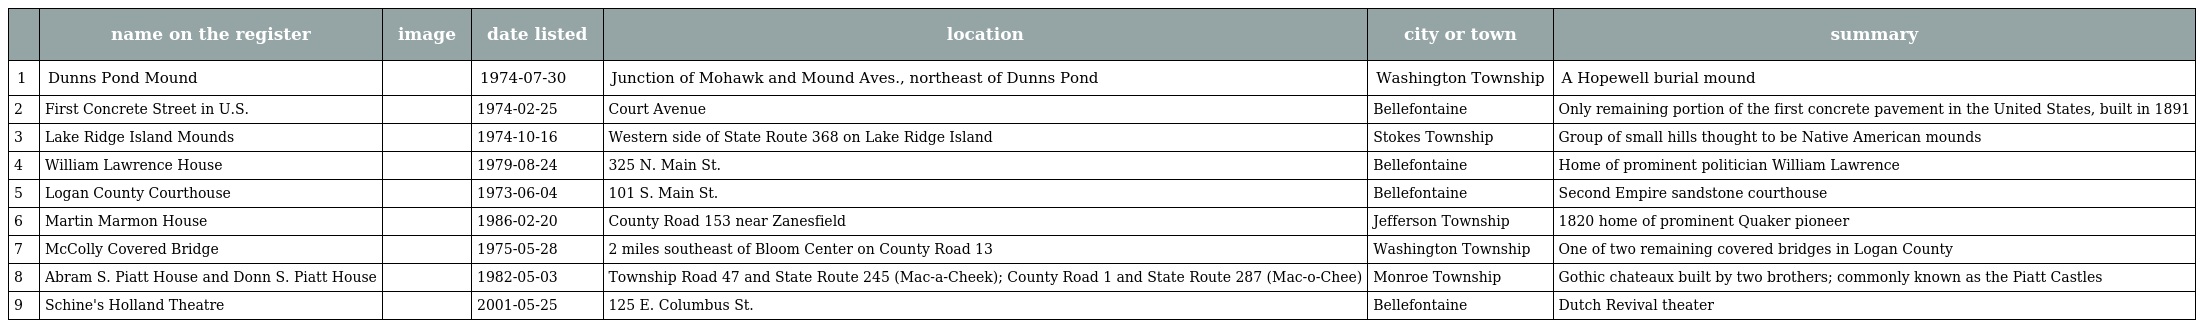
|  | name on the register | image | date listed | location | city or town | summary |
 | --- | --- | --- | --- | --- | --- | --- |
 | 1 | Dunns Pond Mound |  | 1974-07-30 | Junction of Mohawk and Mound Aves., northeast of Dunns Pond | Washington Township | A Hopewell burial mound |
 | 2 | First Concrete Street in U.S. |  | 1974-02-25 | Court Avenue | Bellefontaine | Only remaining portion of the first concrete pavement in the United States, built in 1891 |
 | 3 | Lake Ridge Island Mounds |  | 1974-10-16 | Western side of State Route 368 on Lake Ridge Island | Stokes Township | Group of small hills thought to be Native American mounds |
 | 4 | William Lawrence House |  | 1979-08-24 | 325 N. Main St. | Bellefontaine | Home of prominent politician William Lawrence |
 | 5 | Logan County Courthouse |  | 1973-06-04 | 101 S. Main St. | Bellefontaine | Second Empire sandstone courthouse |
 | 6 | Martin Marmon House |  | 1986-02-20 | County Road 153 near Zanesfield | Jefferson Township | 1820 home of prominent Quaker pioneer |
 | 7 | McColly Covered Bridge |  | 1975-05-28 | 2 miles southeast of Bloom Center on County Road 13 | Washington Township | One of two remaining covered bridges in Logan County |
 | 8 | Abram S. Piatt House and Donn S. Piatt House |  | 1982-05-03 | Township Road 47 and State Route 245 (Mac-a-Cheek); County Road 1 and State Route 287 (Mac-o-Chee) | Monroe Township | Gothic chateaux built by two brothers; commonly known as the Piatt Castles |
 | 9 | Schine's Holland Theatre |  | 2001-05-25 | 125 E. Columbus St. | Bellefontaine | Dutch Revival theater |